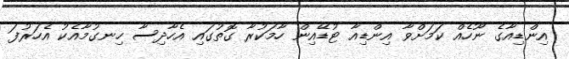
އިންޑިއާގެ ނޫހެއް ކަމަށްވާ އިންޑިއާ ޓުޑޭއިން ހާމަކުރާ ގޮތުގައި އެހާދިސާ ހިނގުމާއެކު އެހަރުފަ